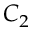
C _ { 2 }